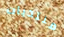
منتديات